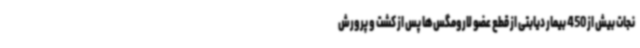
نجات بیش از 450 بیمار دیابتی از قطع عضو لارومگس‌ها پس از کشت و پرورش